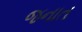
જનાત